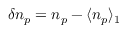
\delta n _ { p } = n _ { p } - \langle n _ { p } \rangle _ { 1 }